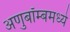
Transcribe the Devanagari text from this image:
अणुबॉम्बमध्ये